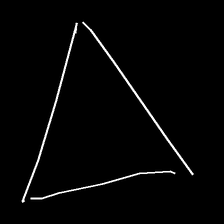
Glyph: convergence